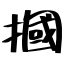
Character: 摑